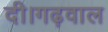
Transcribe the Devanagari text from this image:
दी।गढ़वाल